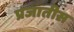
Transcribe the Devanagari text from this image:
प्रजातीस